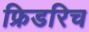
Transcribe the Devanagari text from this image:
फ्रिडरिच